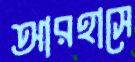
আরহাসে